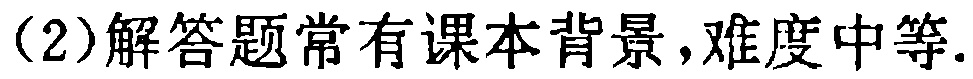
(2)解答题常有课本背景,难度中等.